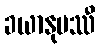
ခယာနုပဿီ